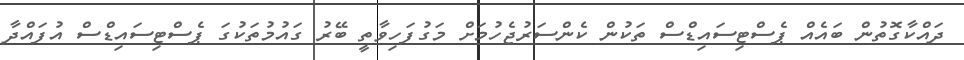
ދައްކާގޮތުން ބައެއް ޕެސްޓިސައިޑްސް ތަކުން ކެންސަރުޖެހުމަށް މަގުފަހިވާތީ ބޭރު ގައުމުތަކުގަ ޕެސްޓިސައިޑްސް އުފައްދާ